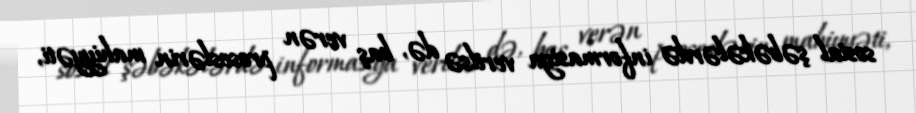
sosial şəbəkələrdə informasiya verilsə də, baş verən proseslərin mahiyyəti,